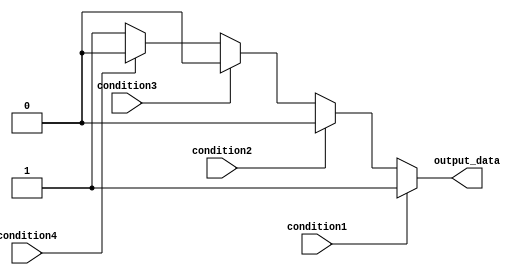
module multiple_if_else (
    input wire condition1,
    input wire condition2,
    input wire condition3,
    input wire condition4,
    output reg output_data
);

always @(condition1, condition2, condition3, condition4)
begin
    if (condition1) begin
        output_data <= 4'b0001;
    end
    else if (condition2) begin
        output_data <= 4'b0010;
    end
    else if (condition3) begin
        output_data <= 4'b0100;
    end
    else if (condition4) begin
        output_data <= 4'b1000;
    end
    else begin
        output_data <= 4'b1111; // Default case
    end
end

endmodule